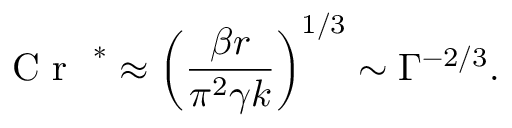
\mathrm { ~ \textit ~ { ~ C ~ r ~ } ~ } ^ { * } \approx \left( \frac { \beta r } { \pi ^ { 2 } \gamma k } \right) ^ { 1 / 3 } \sim \Gamma ^ { - 2 / 3 } .